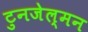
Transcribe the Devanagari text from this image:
टुनजेल्मन